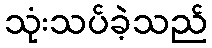
သုံးသပ်ခဲ့သည်